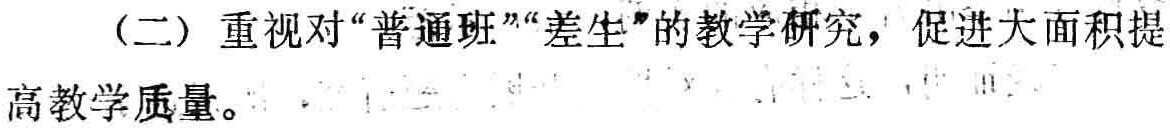
（二）重视对“普通班”“差生”的教学研究，促进大面积提高教学质量。